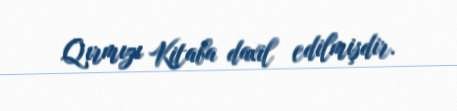
Qırmızı Kitaba daxil edilmişdir.